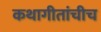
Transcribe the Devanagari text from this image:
कथागीतांचीच